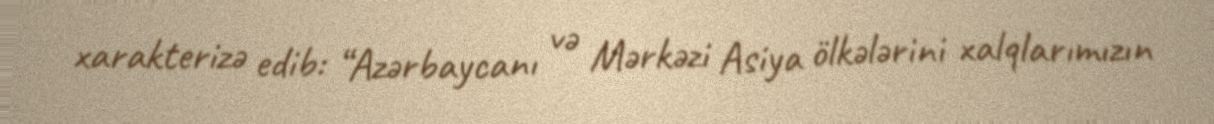
xarakterizə edib: “Azərbaycanı və Mərkəzi Asiya ölkələrini xalqlarımızın